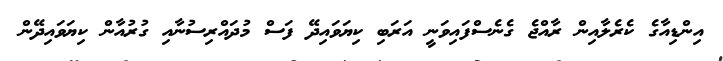
އިންޑިއާގެ ކެރެލާއިން ރާއްޖެ ގެނެސްފައިވަނީ އަރަބި ކިޔަވައިދޭ ފަސް މުދައްރިސުނާއި ގުރުއާން ކިޔަވައިދޭން